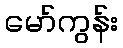
မော်ကွန်း